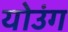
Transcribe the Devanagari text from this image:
योउंग